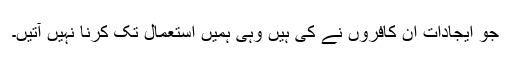
جو ایجادات ان کافروں نے کی ہیں وہی ہمیں استعمال تک کرنا نہیں آتیں۔